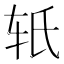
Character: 𬨂